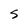
Character: 5